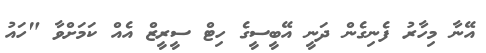
އޭނާ މިހާރު ފެނިގެން ދަނީ އޭބީސީގެ ހިޓް ސީރީޒް އެއް ކަމަށްވާ "ހައު